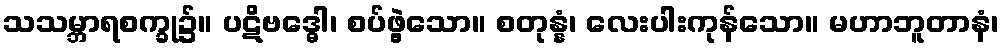
သသမ္ဘာရစက္ခု၌။ ပဋိဗဒ္ဓေါ၊ စပ်ဖွဲ့သော။ စတုန္နံ၊ လေးပါးကုန်သော။ မဟာဘူတာနံ၊